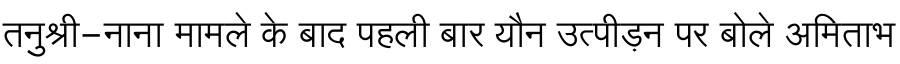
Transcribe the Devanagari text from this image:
तनुश्री-नाना मामले के बाद पहली बार यौन उत्पीड़न पर बोले अमिताभ